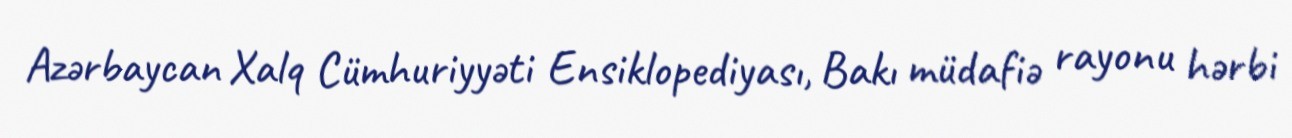
Azərbaycan Xalq Cümhuriyyəti Ensiklopediyası, Bakı müdafiə rayonu hərbi